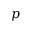
p